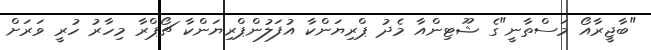
"ބާޖީރާއޯ މަސްތާނީ"ގެ ޝޫޓިންއާ މެދު ޕްރިޔަންކާ އުފަލުންޕްރިޔަންކާ ޗޯޕްރާ މިހާރު ހުރީ ވަރަށް